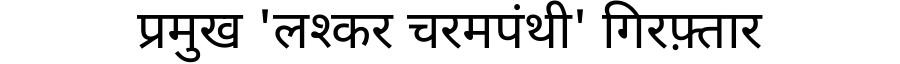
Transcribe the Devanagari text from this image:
प्रमुख 'लश्कर चरमपंथी' गिरफ़्तार